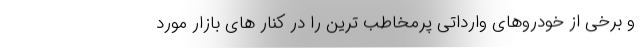
و برخی از خودروهای وارداتی پرمخاطب ترین را در کنار های بازار مورد